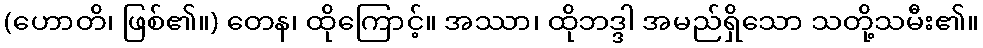
(ဟောတိ၊ ဖြစ်၏။) တေန၊ ထိုကြောင့်။ အဿာ၊ ထိုဘဒ္ဒါ အမည်ရှိသော သတို့သမီး၏။